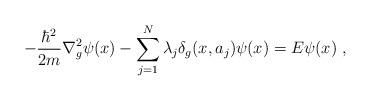
LaTeX: \begin{align*} - {\hbar^2 \over 2m} \nabla_{g}^2 \psi(x) - \sum_{j=1}^{N} \lambda_j \delta_{g}(x, a_j) \psi(x) = E \psi(x) \;, \end{align*}